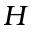
H